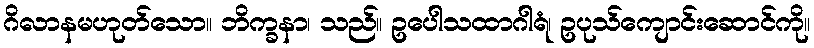
ဂိလာနမဟုတ်သော။ ဘိက္ခနာ၊ သည်။ ဥပေါသထာဂါရံ၊ ဥပုသ်ကျောင်းဆောင်ကို။